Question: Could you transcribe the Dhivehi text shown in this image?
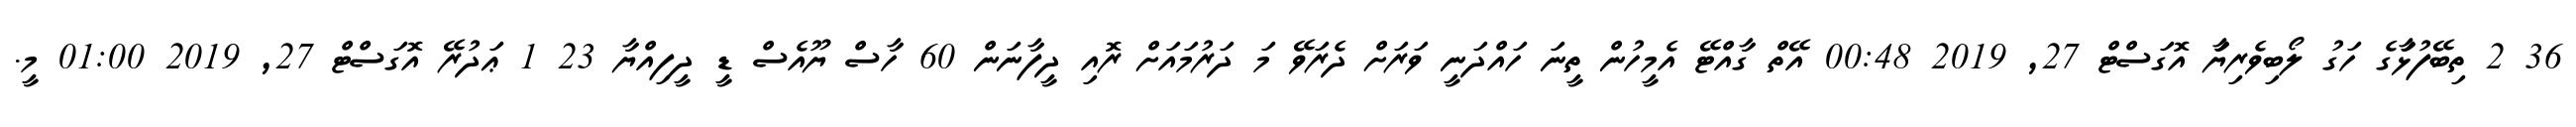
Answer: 36 2 ތިބޭފުޅަާގެ ހަގު ލޯބިވެރިޔަަާ އޮގަސްޓް 27, 2019 00:48 އޭތް ގާއްޓޭ އެމީހުން ތީނަ ހައްދަނީ ވަރަށް ދެރަވޭ މަ ދަރުމައަށް ރޮއި ދީފާނަން 60 ހާސް ޔޫއެސް ޑީ ދީފިއްޔާ 23 1 ޢަދުރޭ އޮގަސްޓް 27, 2019 01:00 މީ.